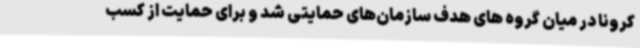
کرونا در میان گروه های هدف سازمان‌های حمایتی شد و برای حمایت از کسب